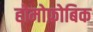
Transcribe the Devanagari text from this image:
होमोफ़ोबिक